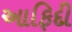
આફિદી